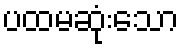
ပထမဆုံးသော